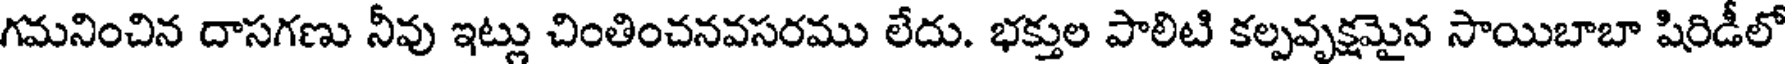
గమనించిన దాసగణు నీవు ఇట్లు చింతించనవసరము లేదు. భక్తుల పాలిటి కల్పవృక్షమైన సాయిబాబా షిరిడీలో